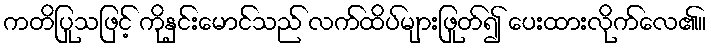
ကတိပြုသဖြင့် ကိုနှင်းမောင်သည် လက်ထိပ်များဖြုတ်၍ ပေးထားလိုက်လေ၏။